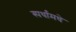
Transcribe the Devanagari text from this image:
स्पर्धांमधे